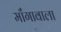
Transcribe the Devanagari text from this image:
माँगावाला